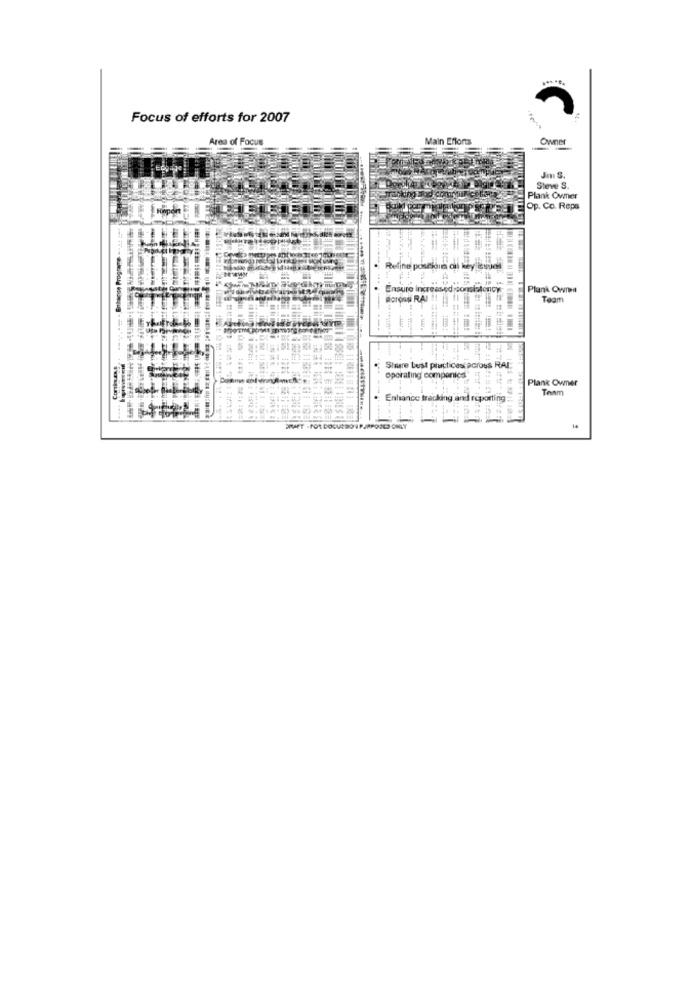
Focus of efforts for 2007
Area of Focus
Main Efforts
Owner
Jm S.
Steve S.
Plank Owner
Op. Co. Reps
Refine postjoin all key Esos
Ensure increased consistency
Plank Owmi
Across RAI !!
Team
----
Contiene
Shure best practices across RAI
operating componics
Plank Owner
--
Team
Enhance tracho